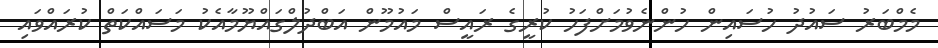
މެމްބަރު ސައުދު ހުސައިން ހުންނެވުމަށްފަހު ކުރީގެ ރައީސް މައުމޫން އަބްދުލްގައްޔޫމާއެކު މަސައްކަތް ކުރައްވައި